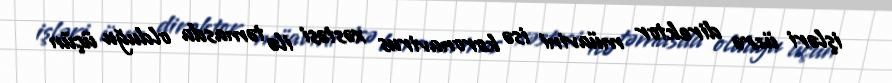
işləri üzrə direktor müavini isə koronavirus xəstəsi ilə təmasda olduğu üçün